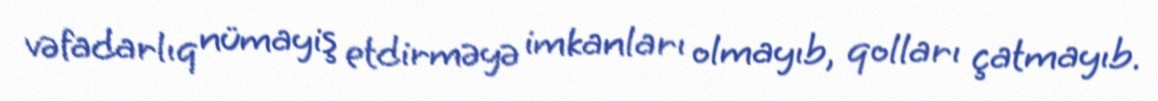
vəfadarlıq nümayiş etdirməyə imkanları olmayıb, qolları çatmayıb.